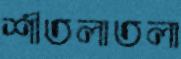
শীতলাতলা